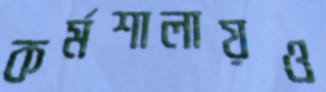
কর্মশালায়ও